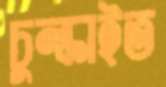
চুল্‌কাইত